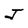
Character: J